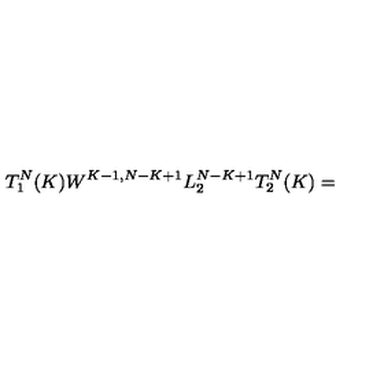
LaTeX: T _ { 1 } ^ { N } ( K ) W ^ { K - 1 , N - K + 1 } L _ { 2 } ^ { N - K + 1 } T _ { 2 } ^ { N } ( K ) =